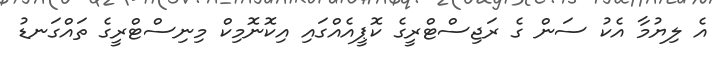
އެ ލިޔުމާ އެކު ސަން ގެ ރަޖިސްޓްރީގެ ކޮޕީއެއްގައި އިކޮނޮމިކް މިނިސްޓްރީގެ ތައްގަނޑު